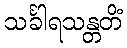
သင်္ခါရသန္တတိံ